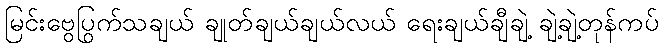
မြင်းဗွေပြက်သချယ် ချုတ်ချယ်ချယ်လယ် ရွေးချယ်ချီချဲ့ ချဲ့ချဲ့တုန်ကပ်